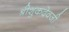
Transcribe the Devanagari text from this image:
श्रीशुकदेवजी